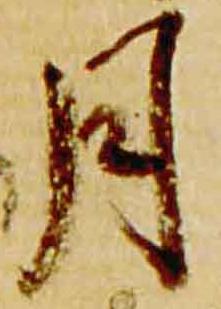
月